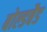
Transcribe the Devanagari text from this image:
बोल्डबैड